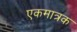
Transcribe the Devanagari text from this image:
एकमात्रक